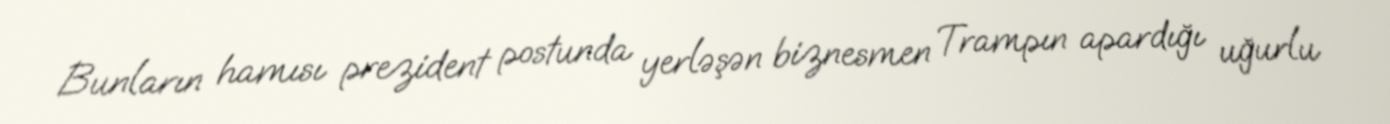
Bunların hamısı prezident postunda yerləşən biznesmen Trampın apardığı uğurlu